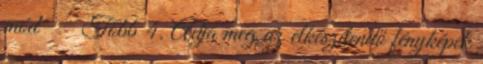
mód → Több 4. Adja meg az elkészítendő fényképek